Report of the Indian Hemp Drugs Commission, 1894-1895 - Volume VII
Year: 1894
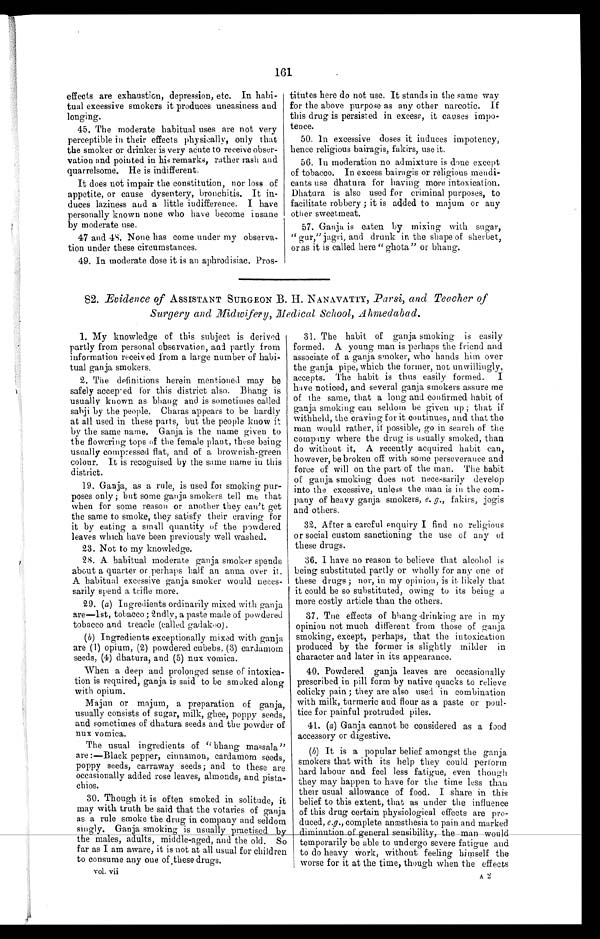
161
effects are exhaustion, depression, etc. In habi-
tual excessive smokers it produces uneasiness and
longing.
45. The moderate habitual uses are not very
perceptible in their effects physically, only that
the smoker or drinker is very acute to receive obser-
vation and pointed in his remarks, rather rash and
quarrelsome. He is indifferent.
It does not impair the constitution, nor loss of
appetite, or cause dysentery, bronchitis. It in-
duces laziness and a little indifference. I have
personally known none who have become insane
by moderate use.
47 and 48. None has come under my observa-
tion under these circumstances,
49. In moderate dose it is an aphrodisiac. Pros-
titutes here do not use. It stands in the same way
for the above purpose as any other narcotic. If
this drug is persisted in excess, it causes impo-
tence.
50. In excessive doses it induces impotency,
hence religious bairagis, fakirs, use it.
56. In moderation no admixture is done except
of tobacco. In excess bairagis or religious mendi-
cants use dhatura for having more intoxication.
Dhatura is also used for criminal purposes, to
facilitate robbery ; it is added to majum or any
other sweetmeat.
57. Ganja is eaten by mixing with sugar,
" gur," jagri, and drunk in the shape of sherbet,
or as it is called here " ghota" or bhang.
82. Evidence of ASSISTANT SURGEON B. H. NANAVATTY, Parsi, and Teacher of
Surgery and Midwifery, Medical School, Ahmedabad.
1. My knowledge of this subject is derived
partly from personal observation, and partly from
information received from a large number of habi-
tual ganja smokers,
2. The definitions herein mentioned may be
safely accepted for this district also. Bhang is
usually known as bhang and is sometimes called
sabji by the people, Charas appears to be hardly
at all used in these parts, but the people know it
by the same name. Ganja is the name given to
the flowering tops of the female plant, these being
usually compressed flat, and of a brownish-green
colour. It is recognised by the same name in this
district.
19. Ganja, as a rule, is used for smoking pur-
poses only ; but some ganja smokers tell me that
when for some reason or another they can't get
the same to smoke, they satisfy their craving for
it by eating a small quantity of the powdered
leaves which have been previously well washed.
23. Not to my knowledge.
2 8 . A h a b i t u a l m o d e r a t e g a n j a s m o k e r s p e n d s
about a quarter or perhaps half an anna over it.
A habitual excessive ganja smoker would neces-
sarily spend a trifle more.
29. (a) Ingredients ordinarily mixed with ganja
are—1st, tobacco ; 2ndlv, a paste made of powdered
tobacco and treacle (called gadakoo).
(b) Ingredients exceptionally mixed with ganja
are (1) opium, (2) powdered cubebs, (3) cardamom
seeds, (4) dhatura, and (5) nux vomica.
When a deep and prolonged sense of intoxica-
tion is required, ganja is said to be smoked along
with opium.
Majun or majum, a preparation of ganja,
usually consists of sugar, milk, ghee, poppy seeds,
and sometimes of dhatura seeds and the powder of
nux vomica,
The usual ingredients of " bhang massala"
are :—Black pepper, cinnamon, cardamom seeds,
poppy seeds, carraway seeds; and to these are
occasionally added rose leaves, almonds, and pista-
chios.
30. Though it is often smoked in solitude, it
may with truth be said that the votaries of ganja
as a rule smoke the drug in company and seldom
singly. Ganja smoking is usually practised by
the males, adults, middle-aged, and the old. So
far as I am aware, it is not at all usual for children
to consume any one of these drugs.
vol. vii
31. The habit of ganja smoking is easily
formed. A young man is perhaps the friend and
associate of a ganja smoker, who hands him over
the ganja pipe, which the former, not unwillingly,
accepts. The habit is thus easily formed. I
have noticed, and several ganja smokers assure me
of the same, that a long and confirmed habit of
ganja smoking can seldom be given up ; that if'
withheld, the craving for it continues, and that the
man would rather, if possible, go in search of the
company where the drug is usually smoked, than
do without it. A recently acquired habit can,
however, be broken off with some perseverance and
force of will on the part of the man. The habit
of ganja smoking does not necessarily develop
into the excessive, unless the man is in the com-
pany of heavy ganja smokers, e. g fakirs, jogis
and others.
32. After a careful enquiry I find no religious
or social custom sanctioning the use of any of
these drugs.
36. I have no reason to believe that alcohol is
being substituted partly or wholly for any one of
I these drugs ; nor, in my opinion, is it likely that
it could be so substituted, owing to its being
more costly article than the others.
37. Tee effects of bhang drinking are in my
opinion not much different from those of ganja
smoking, except, perhaps, that the intoxication
produced by the former is slightly milder in
character and later in its appearance.
40. Powdered ganja leaves are occasionally
prescribed in pill form by native quacks to relieve
colicky pain ; they are also used in combination
with milk, turmeric and flour as a paste or poul-
tice for painful protruded piles.
41. (a) Ganja cannot be considered as a food
accessory or digestive.
(b) It is a popular belief amongst the ganja
smokers that with its help they could perform
hard labour and feel less fatigue, even thought
they may happen to have for the time less than
their usual allowance of food. I share in this
belief to this extent, that as under the influence
of this drug certain physiological effects are pro-
duced, e.g., complete anæsthesia to pain and marked
d i m i n u t i o n o f g e n e r a l s e n s i b i l i t y , t h e m a n w o u l d t e m p o r a r i l y b e a b l e t o u n d e r g o s e v e r e f a t i g u e a n d
to do heavy Work, without feeling himself the
worse for it at the time, though when the effects
A 2